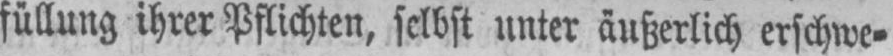
füllung ihrer Pflichten, selbst unter äußerlich erschwe⸗